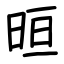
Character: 晅